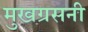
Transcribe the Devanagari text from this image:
मुखग्रसनी